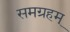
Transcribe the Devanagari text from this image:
समग्रहम्